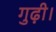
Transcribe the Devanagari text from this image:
गुढ़ी।